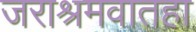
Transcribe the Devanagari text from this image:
जराश्रमवातहा